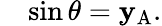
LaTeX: \quad\sin\theta=\mathbf{y}_{\mathrm{{A}}}.